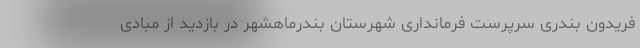
فریدون بندری سرپرست فرمانداری شهرستان بندرماهشهر در بازدید از مبادی